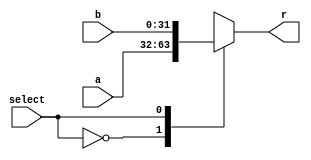
`timescale 1ns / 1ps
//////////////////////////////////////////////////////////////////////////////////
// Company: 
// Engineer: 
// 
// Design Name: 
// Module Name: mux2x32
// Project Name: 
// Target Devices: 
// Tool Versions: 
// Description: 
// 
// Dependencies: 
// 
// Revision:
// Revision 0.01 - File Created
// Additional Comments:
// 
//////////////////////////////////////////////////////////////////////////////////


module mux2x32#(parameter WIDTH=32)(
input [WIDTH-1:0] a,
input [WIDTH-1:0] b,
input select,
output reg [WIDTH-1:0] r
    );
    always @*
    begin
      case(select)
        1'b0:
        r=a;
        1'b1:
        r=b;
      endcase
    end
endmodule